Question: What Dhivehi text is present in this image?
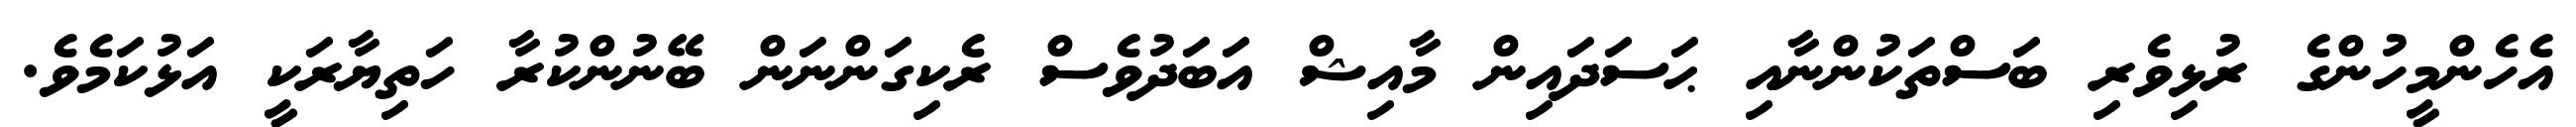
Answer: އެހެންމީހުންގެ ރުޅިވެރި ބަސްތަކުންނާއި ޙަސަދައިން މާއިޝް އަބަދުވެސް ރެކިގަންނަން ބޭނުންކުރާ ހަތިޔާރަކީ އަޅުކަމެވެ.